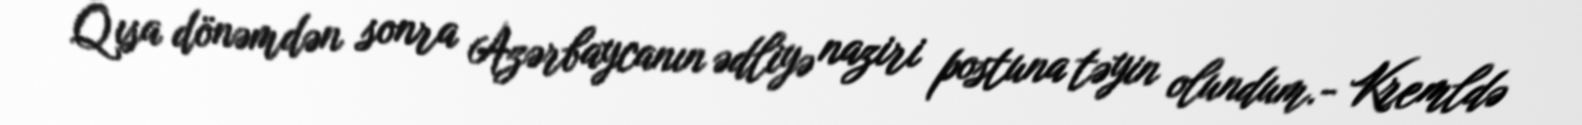
Qısa dönəmdən sonra Azərbaycanın ədliyə naziri postuna təyin olundum.- Kremldə